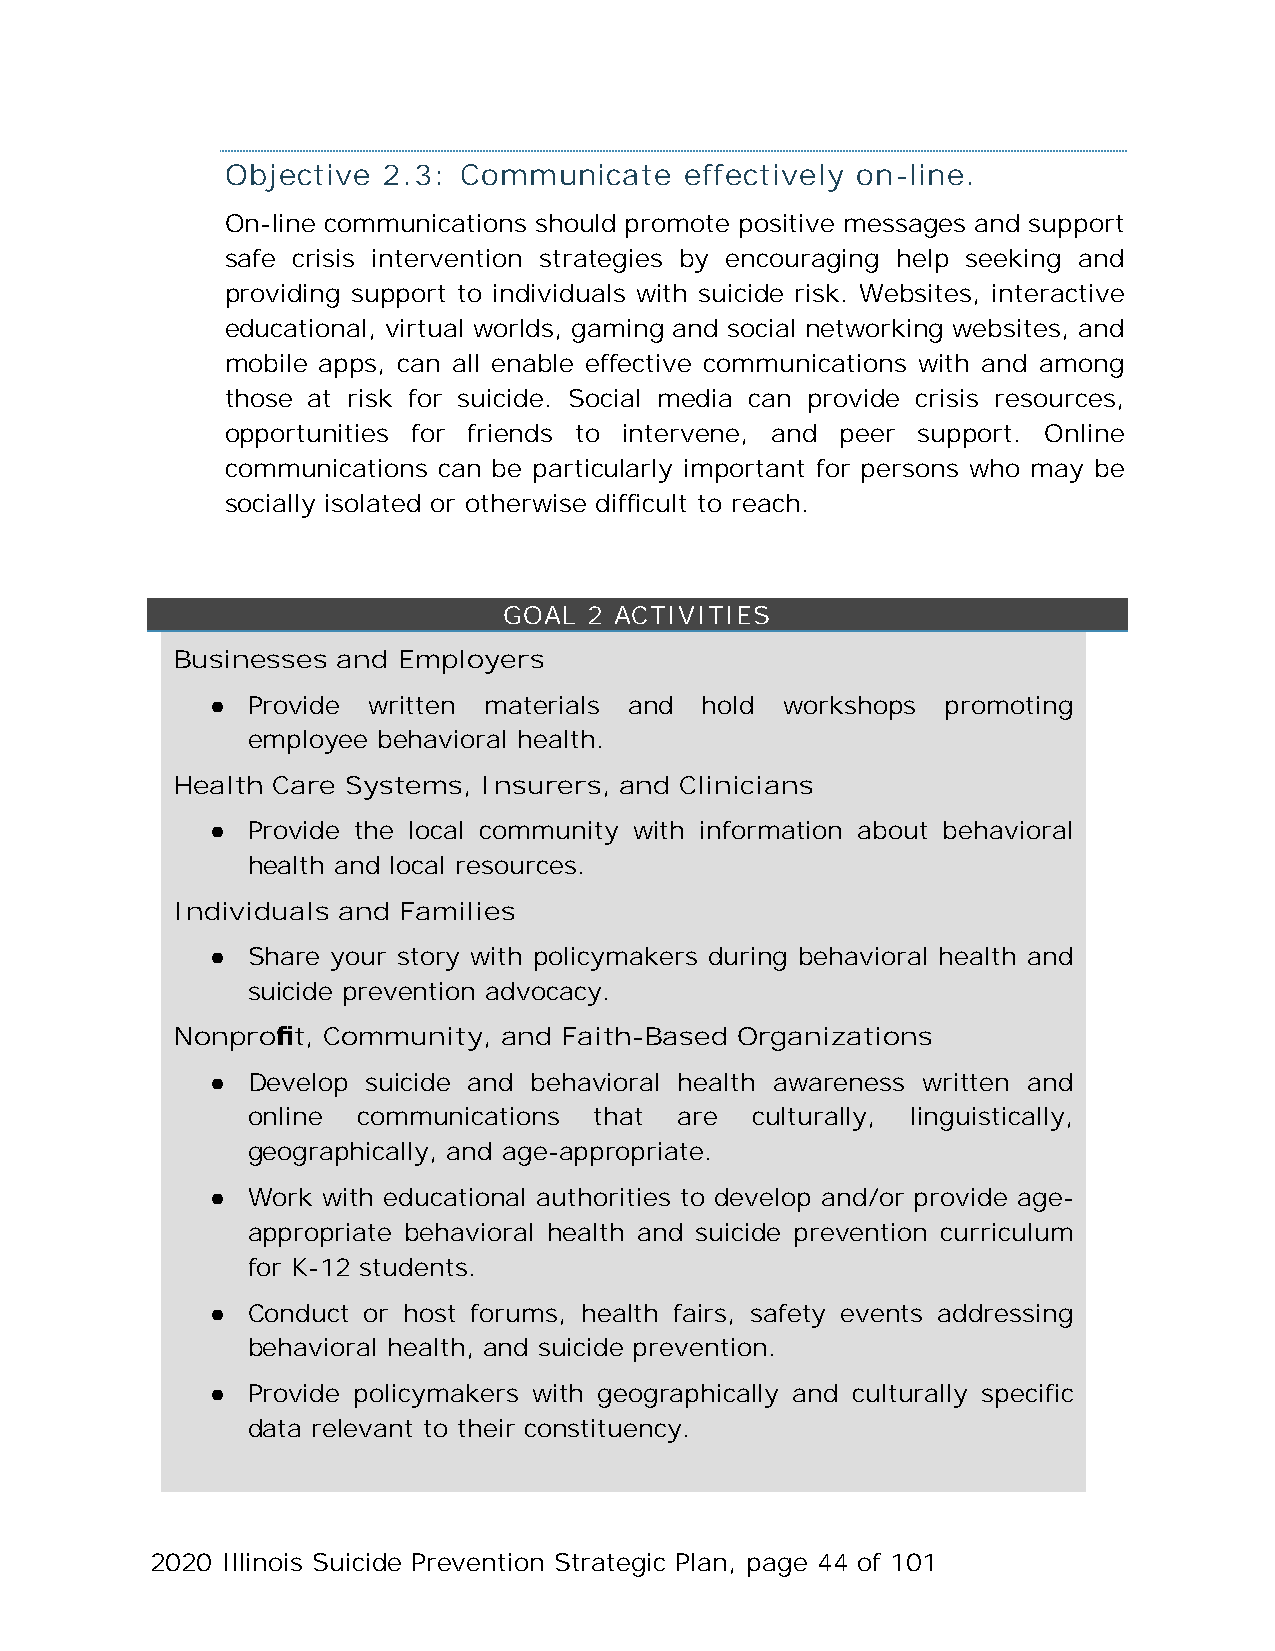
Objective 2.3: Communicate    effectively on-line.
 On-line communications should promote positive messages and support
 safe crisis intervention strategies by encouraging help seeking and
 providing support to individuals with suicide risk. Websites, interactive
 educational, virtual worlds, gaming and social networking websites, and
 mobile apps, can all enable effective communications with and among
 those at risk for suicide. Social media can provide crisis resources,
 opportunities for friends to intervene, and peer support. Online
 communications can be particularly important for persons who may be
 socially isolated or otherwise difficult to reach.
 GOAL  2 ACTIVITIES
 Businesses and Employers
 ● Provide written materials and  hold workshops  promoting
 employee behavioral health.
 Health Care Systems, Insurers, and Clinicians
 ● Provide the local community with information about behavioral
 health and local resources.
 Individuals and Families
 ● Share your story with policymakers during behavioral health and
 suicide prevention advocacy.
 Nonprofit, Community, and Faith-Based Organizations
 ● Develop suicide and behavioral health awareness written and
 online  communications that  are  culturally, linguistically,
 geographically, and age-appropriate.
 ● Work with educational authorities to develop and/or provide age-
 appropriate behavioral health and suicide prevention curriculum
 for K-12 students.
 ● Conduct or host forums, health fairs, safety events addressing
 behavioral health, and suicide prevention.
 ● Provide policymakers with geographically and culturally specific
 data relevant to their constituency.
 2020 Illinois Suicide Prevention Strategic Plan, page 44 of 101